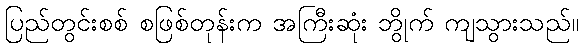
ပြည်တွင်းစစ် စဖြစ်တုန်းက အကြီးဆုံး ဘွိုက် ကျသွားသည်။